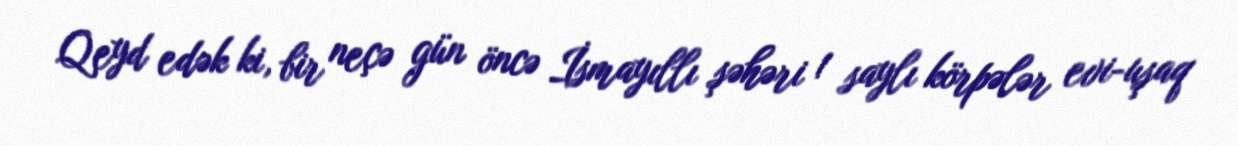
Qeyd edək ki, bir neçə gün öncə İsmayıllı şəhəri 1 saylı körpələr evi-uşaq